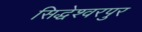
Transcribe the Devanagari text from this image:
सिद्धेश्वरपुर